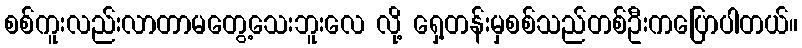
စစ်ကူးလည်းလာတာမတွေ့သေးဘူးလေ လို့ ရှေ့တန်းမှစစ်သည်တစ်ဦးကပြောပါတယ်။